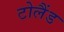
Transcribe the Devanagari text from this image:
टोलैंड